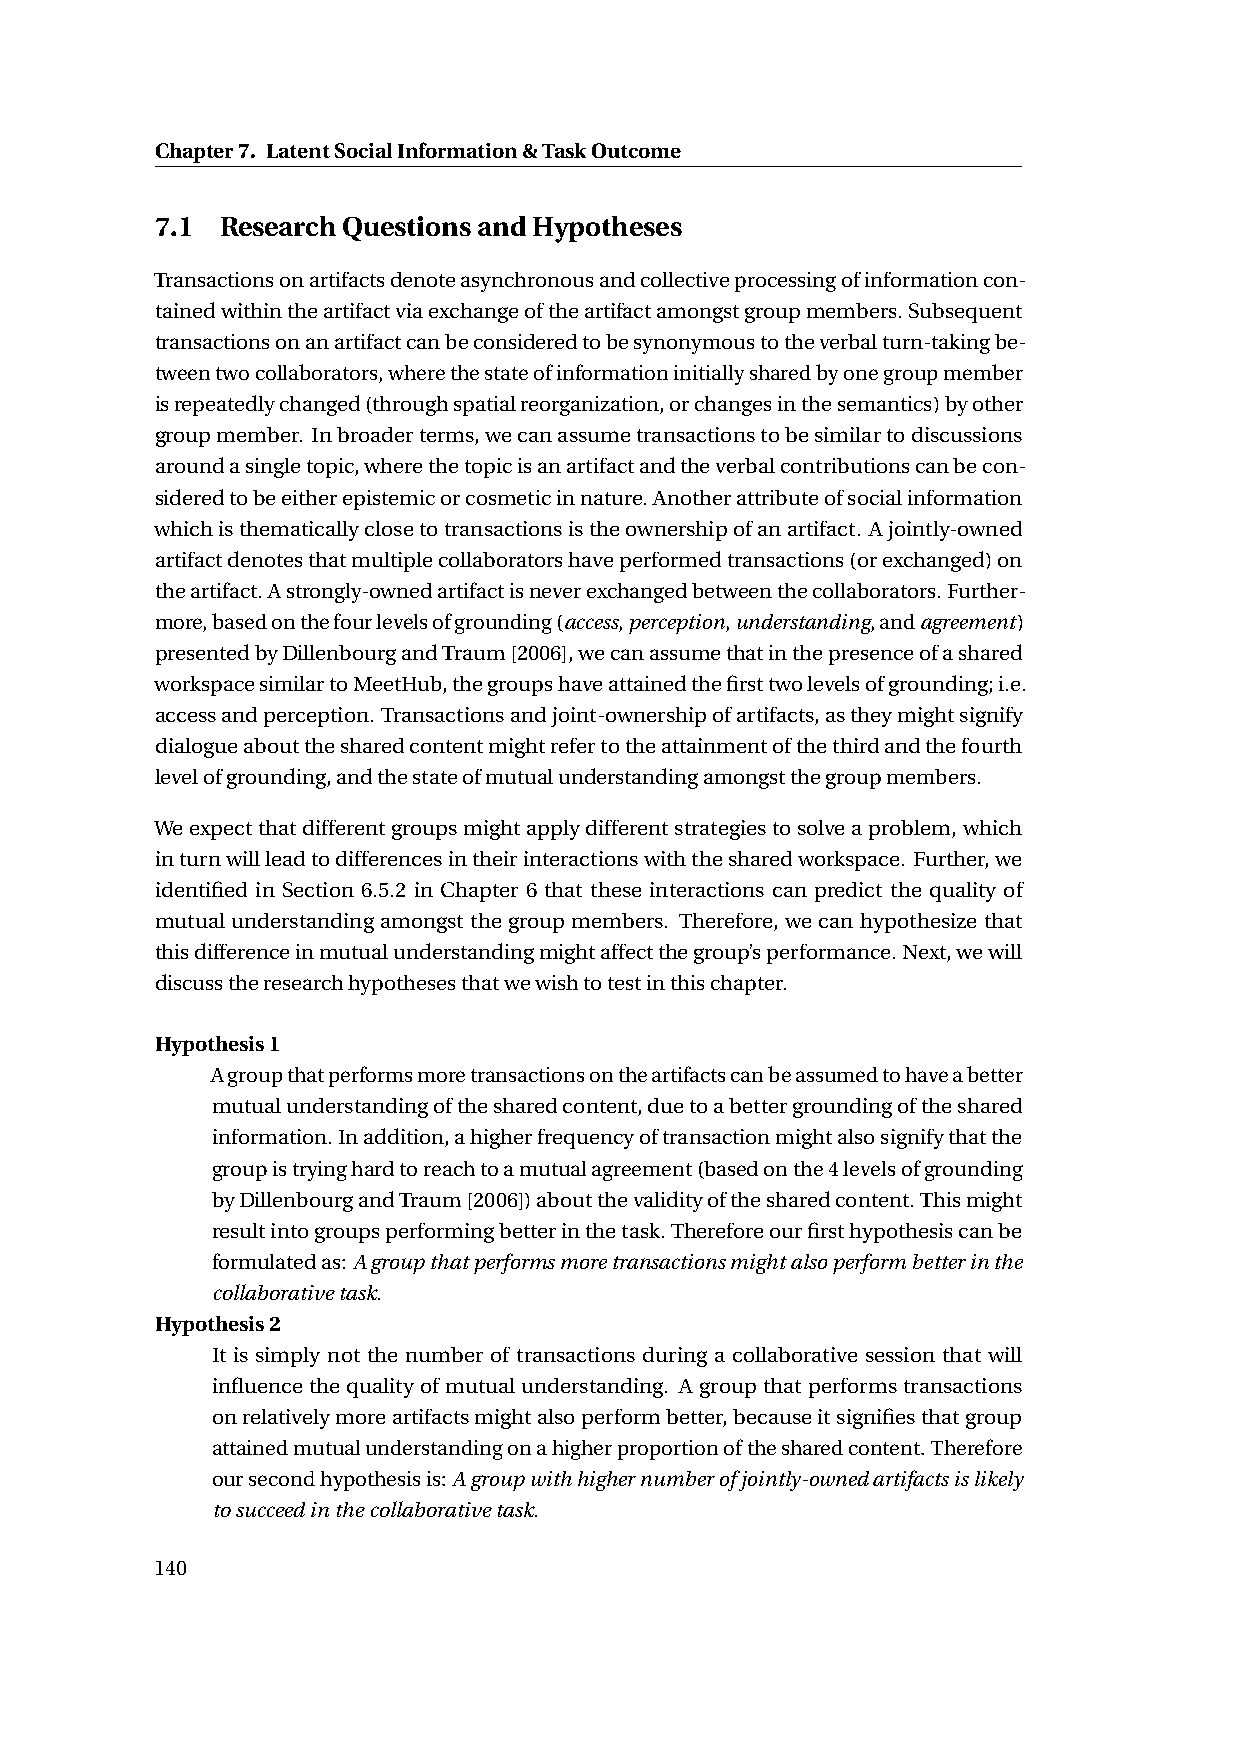
Chapter7. LatentSocialInformation&TaskOutcome
 7.1  ResearchQuestionsandHypotheses
 Transactionsonartifactsdenoteasynchronousandcollectiveprocessingofinformationcon-
 tainedwithintheartifactviaexchangeoftheartifactamongstgroupmembers.Subsequent
 transactionsonanartifactcanbeconsideredtobesynonymoustotheverbalturn-takingbe-
 tweentwocollaborators,wherethestateofinformationinitiallysharedbyonegroupmember
 isrepeatedlychanged(throughspatialreorganization,orchangesinthesemantics)byother
 groupmember. Inbroaderterms,wecanassumetransactionstobesimilartodiscussions
 aroundasingletopic,wherethetopicisanartifactandtheverbalcontributionscanbecon-
 sideredtobeeitherepistemicorcosmeticinnature.Anotherattributeofsocialinformation
 whichisthematicallyclosetotransactionsistheownershipofanartifact. Ajointly-owned
 artifactdenotesthatmultiplecollaboratorshaveperformedtransactions(orexchanged)on
 theartifact.Astrongly-ownedartifactisneverexchangedbetweenthecollaborators.Further-
 more,basedonthefourlevelsofgrounding(access,perception,understanding,andagreement)
 presentedbyDillenbourgandTraum[2006],wecanassumethatinthepresenceofashared
 workspacesimilartoMeetHub,thegroupshaveattainedthefirsttwolevelsofgrounding;i.e.
 accessandperception. Transactionsandjoint-ownershipofartifacts,astheymightsignify
 dialogueaboutthesharedcontentmightrefertotheattainmentofthethirdandthefourth
 levelofgrounding,andthestateofmutualunderstandingamongstthegroupmembers.
 Weexpectthatdifferentgroupsmightapplydifferentstrategiestosolveaproblem,which
 inturnwillleadtodifferencesintheirinteractionswiththesharedworkspace. Further,we
 identified in Section 6.5.2 in Chapter 6 that these interactions can predict the quality of
 mutual understanding amongst the group members. Therefore, we can hypothesize that
 thisdifferenceinmutualunderstandingmightaffectthegroup’sperformance.Next,wewill
 discusstheresearchhypothesesthatwewishtotestinthischapter.
 Hypothesis1
 Agroupthatperformsmoretransactionsontheartifactscanbeassumedtohaveabetter
 mutualunderstandingofthesharedcontent,duetoabettergroundingoftheshared
 information.Inaddition,ahigherfrequencyoftransactionmightalsosignifythatthe
 groupistryinghardtoreachtoamutualagreement(basedonthe4levelsofgrounding
 byDillenbourgandTraum[2006])aboutthevalidityofthesharedcontent.Thismight
 resultintogroupsperformingbetterinthetask.Thereforeourfirsthypothesiscanbe
 formulatedas:Agroupthatperformsmoretransactionsmightalsoperformbetterinthe
 collaborativetask.
 Hypothesis2
 It is simply not the number of transactions during a collaborative session that will
 influencethequalityofmutualunderstanding. Agroupthatperformstransactions
 onrelativelymoreartifactsmightalsoperformbetter,becauseitsignifiesthatgroup
 attainedmutualunderstandingonahigherproportionofthesharedcontent.Therefore
 oursecondhypothesisis:Agroupwithhighernumberofjointly-ownedartifactsislikely
 tosucceedinthecollaborativetask.
 140